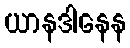
ယာနဒါနေန